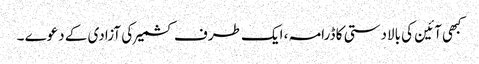
کبھی آئین کی بالادستی کا ڈرامہ ، ایک طرف کشمیر کی آزادی کے دعوے ۔